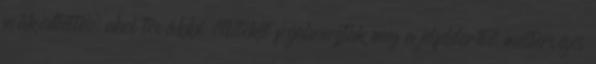
működtette, ahol további ötleteket fogalmaztak meg a jelfelderítő mesterséges